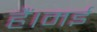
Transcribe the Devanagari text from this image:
हैं।मई